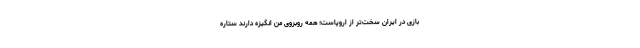
بازی در ایران سخت‌تر از اروپاست؛ همه روبروی من انگیزه دارند ستاره